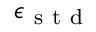
\epsilon _ { \mathrm { ~ s ~ t ~ d ~ } }